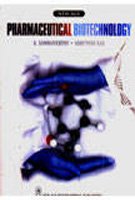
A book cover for Pharmaceutical Biotechnology; K. Sambamurthy; Business & Money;